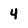
Character: 4